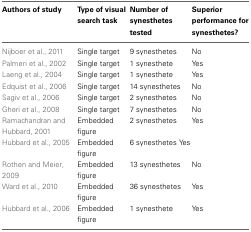
| Authors of study | Type of visual | Number of | Superior |
 |  | search task | synesthetes | performance for |
 |  |  | tested | synesthetes? |
 | --- | --- | --- | --- |
 | Nijboer et al., 2011 | Single target | 9 synesthetes | No |
 | Palmeri et al., 2002 | Single target | 1 synesthete | Yes |
 | Laeng et al., 2004 | Single target | 1 synesthete | Yes |
 | Edquist et al., 2006 | Single target | 14 synesthetes | No |
 | Sagiv et al., 2006 | Single target | 2 synesthetes | No |
 | Gheri et al., 2008 | Single target | 7 synesthetes | No |
 | Ramachandran and Hubbard, 2001 | Embedded figure | 2 synesthetes | Yes |
 | Hubbard et al., 2005 | Embedded figure | 6 synesthetes | Yes |
 | Rothen and Meier, 2009 | Embedded figure | 13 synesthetes | No |
 | Ward et al., 2010 | Embedded figure | 36 synesthetes | Yes |
 | Hubbard et al., 2006 | Embedded figure | 1 synesthete | Yes |